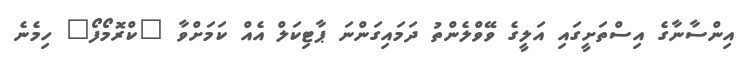
އިންސާނާގެ އިސްތަށީގައި އަލީގެ ވޭވްލެންތު ދަމައިގަންނަ ޕާޓިކަލް އެއް ކަމަށްވާ "ކްރޮމޯފޯ" ހިމެނެ